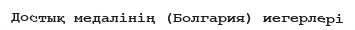
Достық медалінің (Болгария) иегерлері